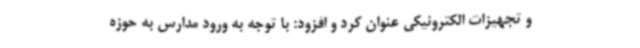
و تجهیزات الکترونیکی عنوان کرد و افزود: با توجه به ورود مدارس به حوزه